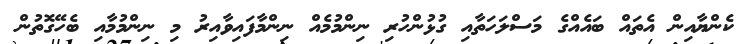
ކެންޔާއިން އެތައް ބައެއްގެ މަސްލަހަތާއި ގުޅުންހުރި ނިންމުމެއް ނިންމާފައިވާއިރު މި ނިންމުމާއި ބެހޭގޮތުން